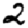
Digit: 2